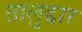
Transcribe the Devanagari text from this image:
तालुद्दार